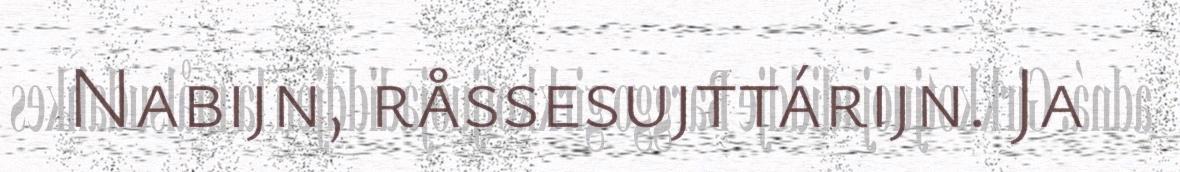
Nabijn, råssesujttárijn. Ja